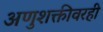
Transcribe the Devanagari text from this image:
अणुशक्तीवरही